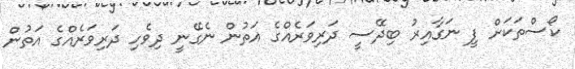
ކޯސްތަކަށް ފީ ނަގާއިރު ބިދޭސީ ދަރިވަރެއްގެ އަތުން ނެގޭނީ ދިވެހި ދަރިވަރެއްގެ އަތުން